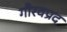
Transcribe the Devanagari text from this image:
गौरवप्रद